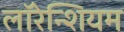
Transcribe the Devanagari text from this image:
लॉरेन्शियम